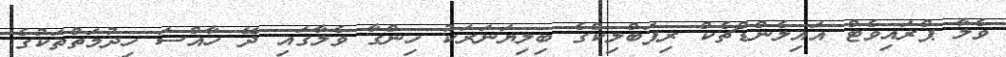
ވެލާ ޕްރައިވެޓް އައިލެންޑްޗެކް ރިޕަބްލިކްގެ ބިލިޔަނަރަކު ހިންގާ ވެލާގައި ދޭ ހާއްސަ ހިދުމަތްތަކުގެ